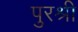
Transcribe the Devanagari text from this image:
पुरश्री